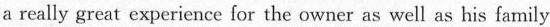
a really great experience for the owner as well as his family